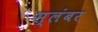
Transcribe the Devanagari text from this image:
स्लंबर